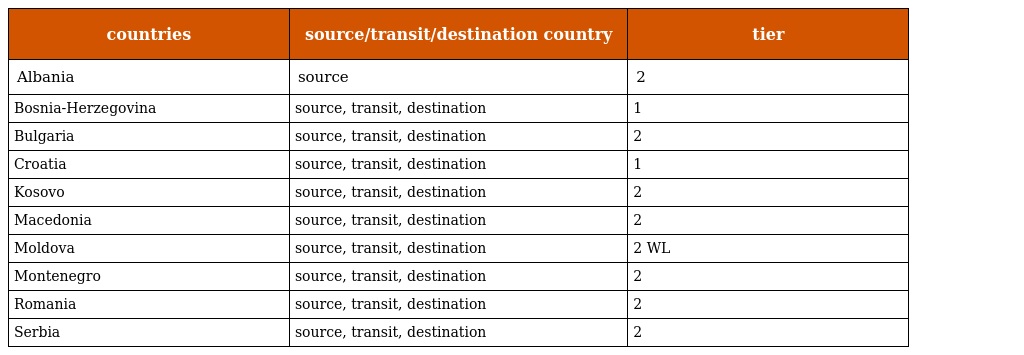
| countries | source/transit/destination country | tier |
 | --- | --- | --- |
 | Albania | source | 2 |
 | Bosnia-Herzegovina | source, transit, destination | 1 |
 | Bulgaria | source, transit, destination | 2 |
 | Croatia | source, transit, destination | 1 |
 | Kosovo | source, transit, destination | 2 |
 | Macedonia | source, transit, destination | 2 |
 | Moldova | source, transit, destination | 2 WL |
 | Montenegro | source, transit, destination | 2 |
 | Romania | source, transit, destination | 2 |
 | Serbia | source, transit, destination | 2 |